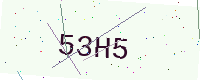
Text: 53H5